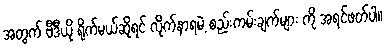
အတွက် ဗီဒီယို ရိုက်မယ်ဆိုရင် လိုက်နာရမဲ့ စည်းကမ်းချက်များ ကို အရင်ဖတ်ပါ။